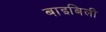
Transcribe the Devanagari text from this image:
बाइबिली